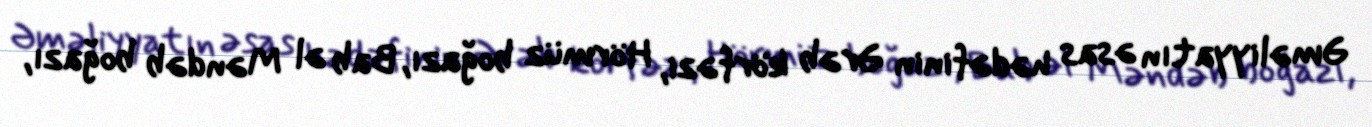
Əməliyyatın əsas hədəfinin Ərəb körfəzi, Hörmüz boğazı, Bab əl Məndəb boğazı,